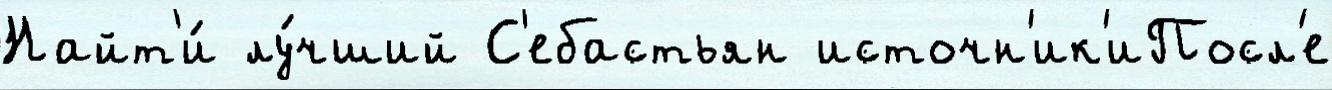
Найт'и́ лу́чший С'ебастьян источн'ик'иПосл'е